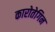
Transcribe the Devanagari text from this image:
कारोतेगिन